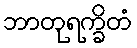
ဘာတုရက္ခိတံ